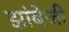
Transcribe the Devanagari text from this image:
झांबेजी